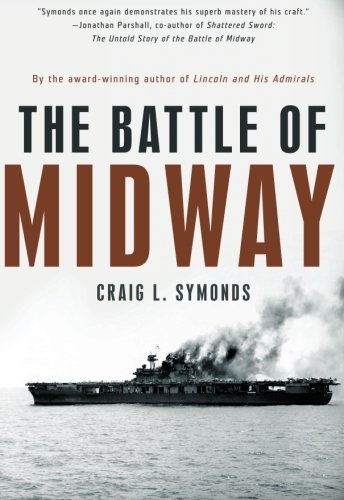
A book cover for The Battle of Midway (Pivotal Moments in American History); Craig L. Symonds; History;